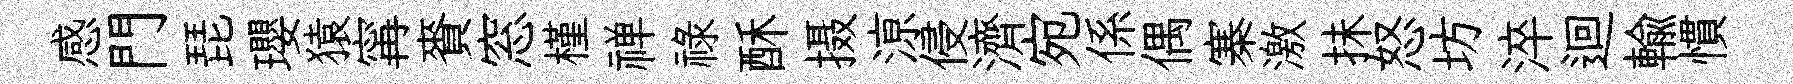
感門琵瓔猿𡩋賚窓槿禅禄酥摄鿌侵濟宛係偶寨激抺怒坊淬迴輸慣